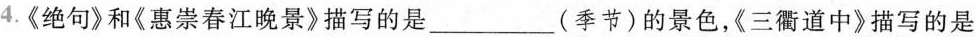
4.《绝句》和《惠崇春江晚景》描写的是____(季节)的景色，《三衢道中》描写的是